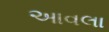
આવલા